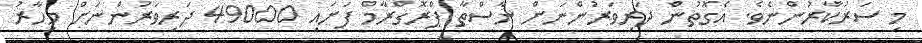
މި ސަރުކާރުންނެވެ. އެގޮތުން ދަރިވަރުންނަށް ނާސްތާ ޕްރޮގްރާމް ފަށައި 49000 ދަރިވަރުންނަށް މިހާރު